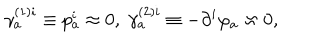
LaTeX: \gamma _ { a } ^ { ( 1 ) i } \equiv p _ { a } ^ { i } \approx 0 , \; \gamma _ { a } ^ { ( 2 ) i } \equiv - \partial ^ { i } \varphi _ { a } \approx 0 ,